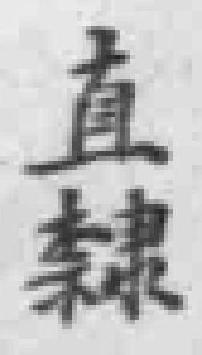
直隸